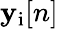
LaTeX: \mathbf{y}_{\mathrm{{i}}}[n]